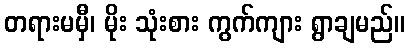
တရားမမှီ၊ မိုး သုံးစား ကွက်ကျား ရွာချမည်။